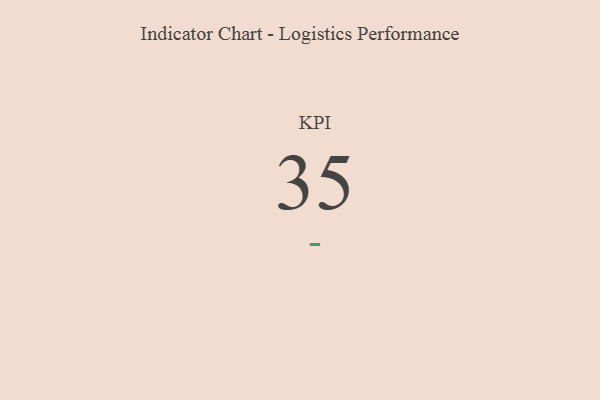
{"axis": {"x": "KPI", "y": "Value"}, "legend": [""], "data": [{"x": "KPI", "y": 35, "type": ""}]}